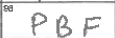
Transcription: PBF